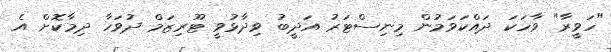
"ހަވީރާ" ވާހަކަ ދައްކަވަމުން މިނިސްޓަރު އަދީބު ވިދާޅުވީ ޓޫރިޒަމް ދުވަހާ ދިމާކޮށް އެ